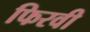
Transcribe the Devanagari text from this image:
फिरवी